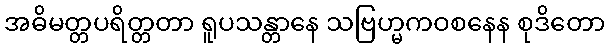
အဓိမတ္တပရိတ္တတာ ရူပသန္တာနေ သဗြဟ္မကဝစနေန စုဒိတော